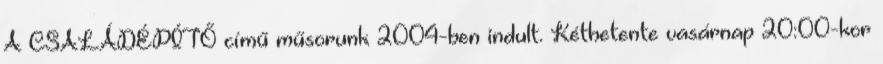
A CSALÁDÉPÍTŐ című műsorunk 2004-ben indult. Kéthetente vasárnap 20:00-kor